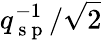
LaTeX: q_{\mathrm{~s~p~}}^{-1}/\sqrt{2}